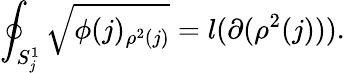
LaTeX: \oint_{S_{j}^{1}}\sqrt{\phi(j)_{\rho^{2}(j)}}=l(\partial(\rho^{2}(j))).